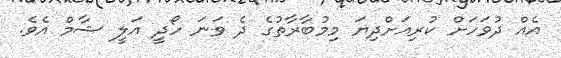
އެއް ދުވަހަށް ކުރިއަށްދިޔަ މިމުބާރާތުގެ ދެ ވަނަ ހޯދީ އަލީ ޝާމް އެވެ.